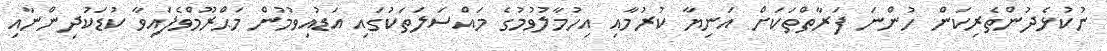
ނުކުޅެދުންތެރިކަން ހުންނަ ފަރާތްތަކަށް އަނިޔާ ކުރުމާއި އިހުމާލުވުމުގެ މައްސަލަތަކުގައި އަޑުއިވުމުން މަޙްރޫމްވެފައިވާ ކުޑަކުދިންނާއި